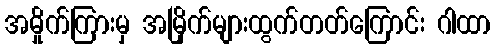
အမှိုက်ကြားမှ အမြိုက်များထွက်တတ်ကြောင်း ဂါထာ